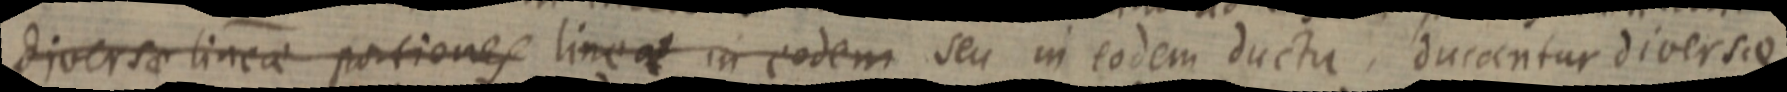
diversa lineae portiones linea in eodem seu in eodem ductu, duccentur diversie